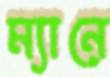
ম্যানে